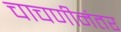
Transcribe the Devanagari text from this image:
चाचणीनंतर